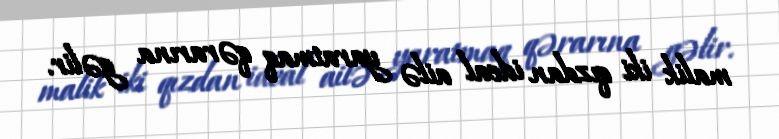
malik iki qızdan ideal ailə yaratmaq qərarına gəlir.